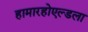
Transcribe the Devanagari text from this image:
हामारहोएल्डला